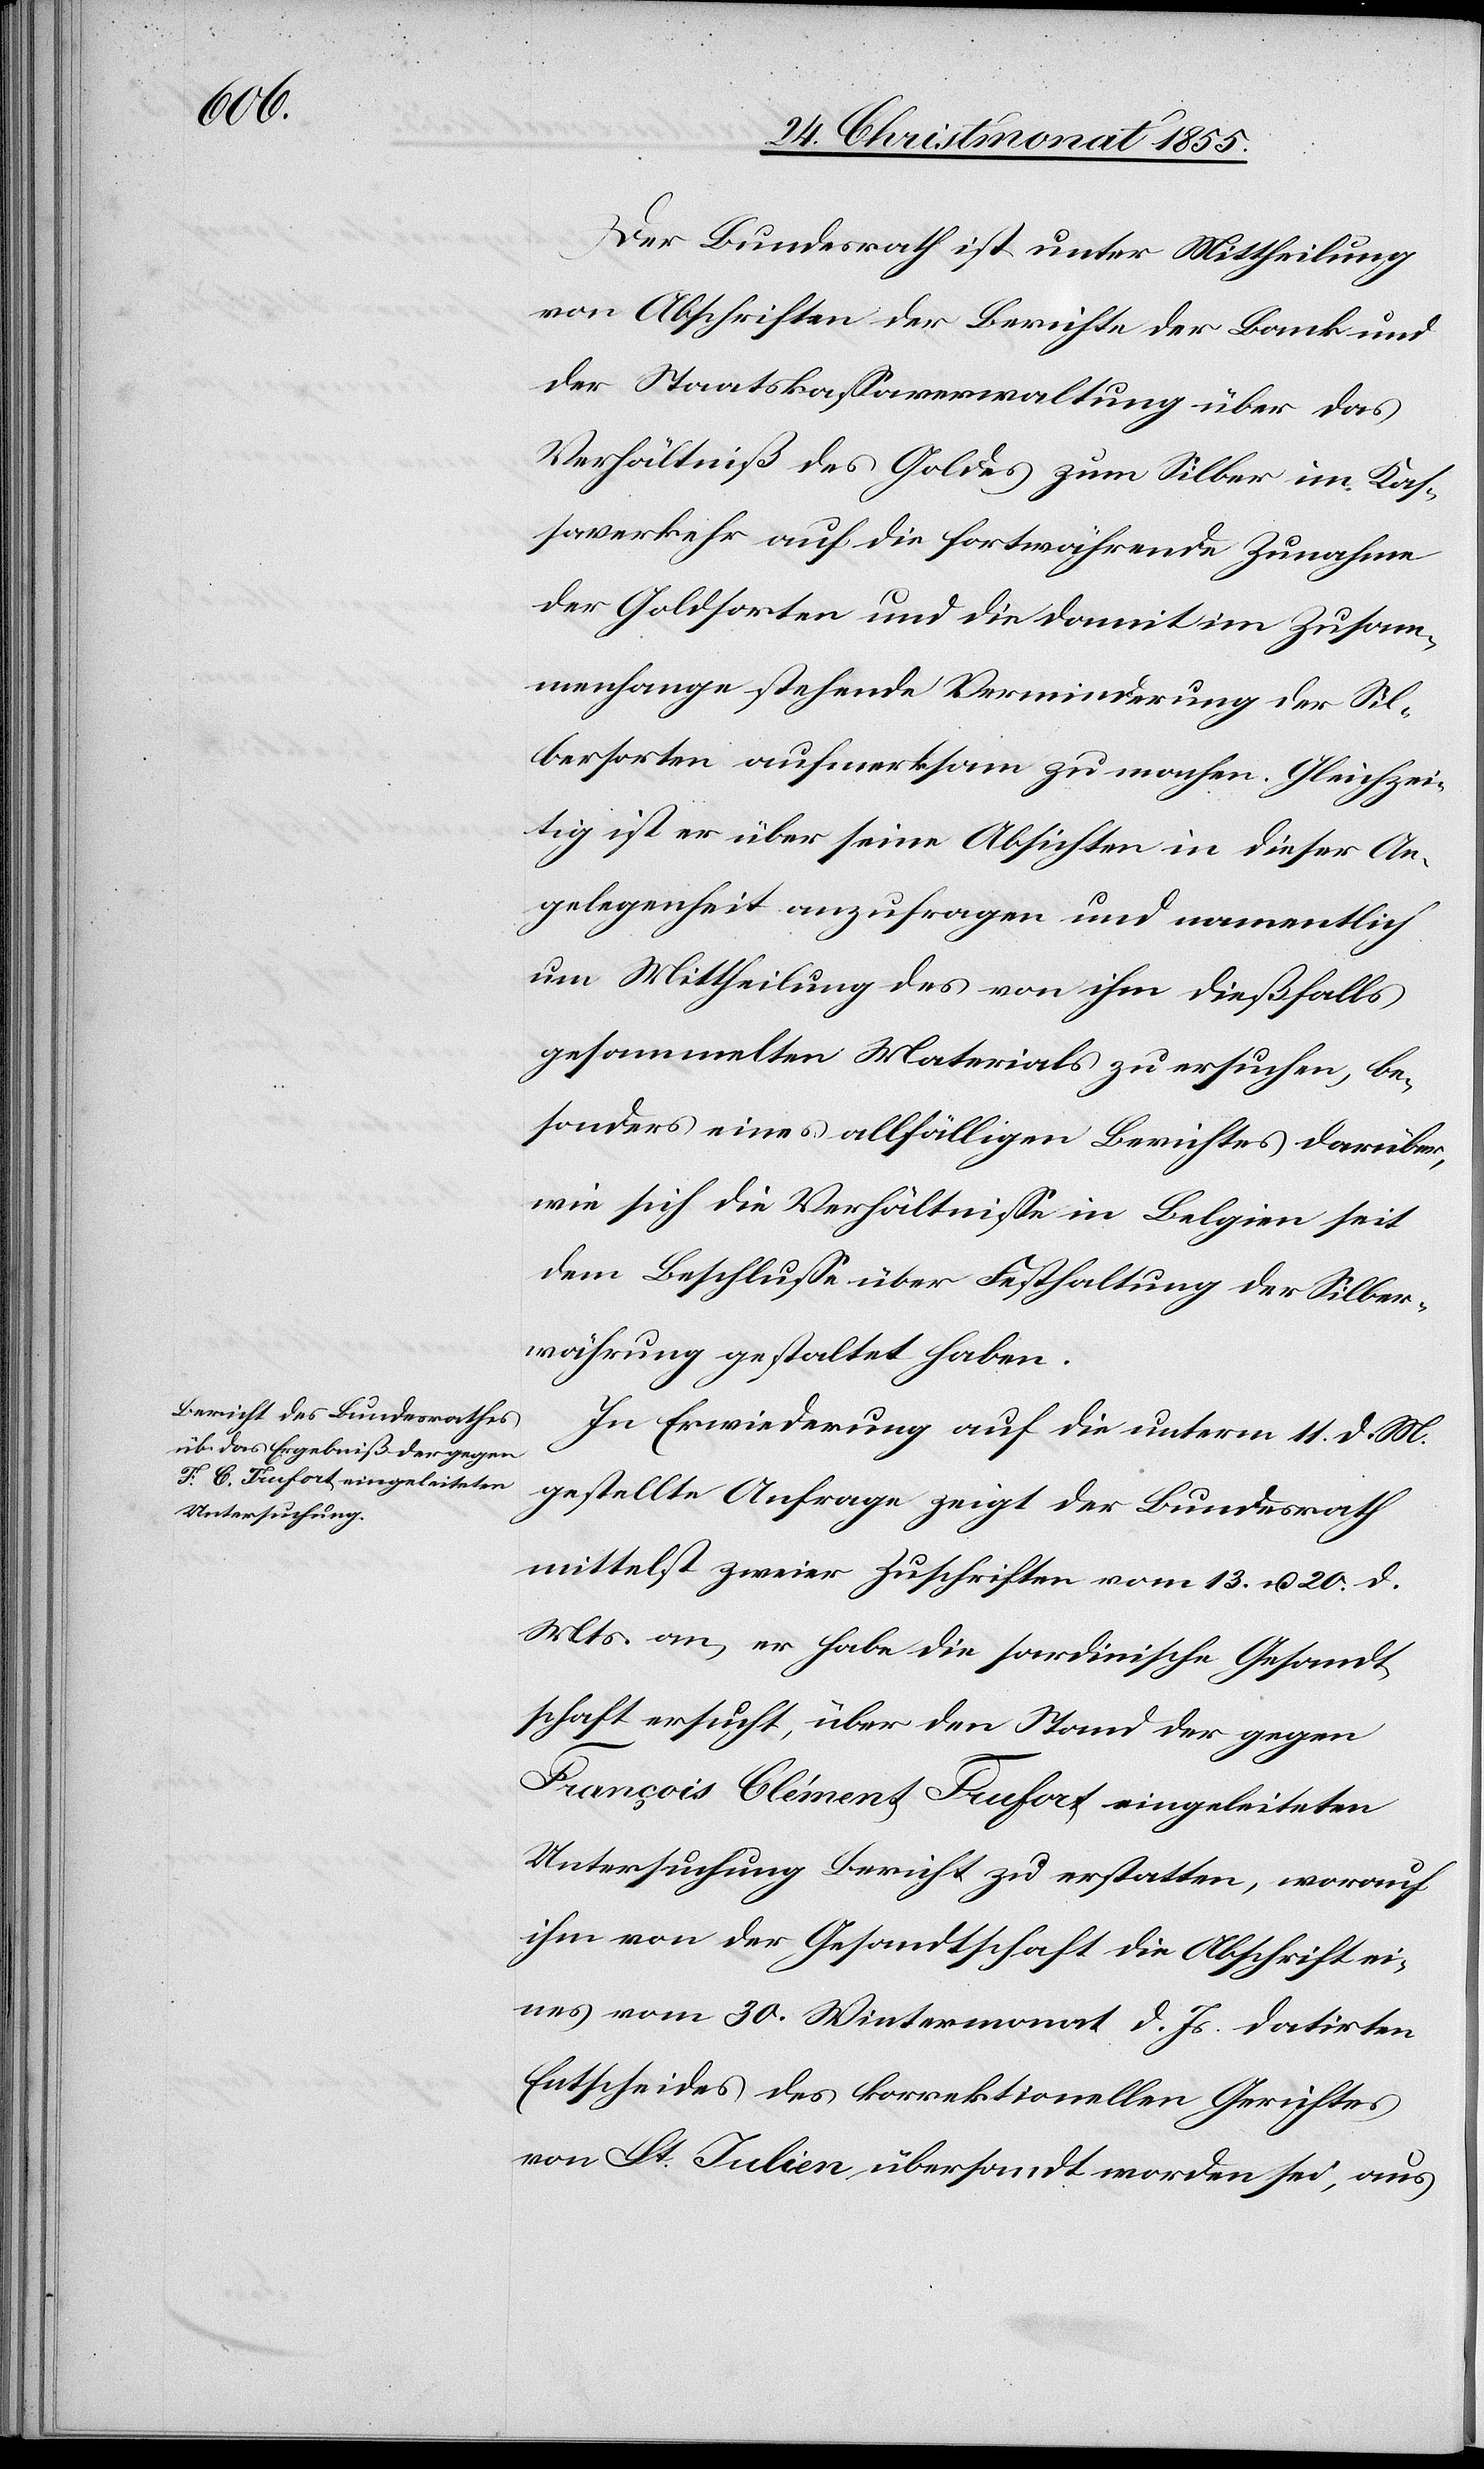
Der Bundesrath ist unter Mittheilung
von Abschriften der Berichte der Bank und
der Staatskassaverwaltung über das
Verhältniß des Goldes zum Silber im Kas¬
saverkehr auf die fortwährende Zunahme
der Goldsorten und die damit im Zusam¬
menhange stehende Verminderung der Sil¬
bersorten aufmerksam zu machen. Gleichzei¬
tig ist er über seine Absichten in dieser An¬
gelegenheit anzufragen und namentlich
um Mittheilung des von ihm dießfalls
gesammelten Materials zu ersuchen, be¬
sonders eines allfälligen Berichtes darüber,
wie sich die Verhältnisse in Belgien seit
dem Beschlusse über Festhaltung der Silber¬
währung gestaltet haben.
In Erwiederung auf die unterm 11. d. M.
gestellte Anfrage zeigt der Bundesrath
mittelst zweier Zuschriften vom 13. u. 20. d.
Mts. an, er habe die sardinische Gesandt¬
schaft ersucht, über den Stand der gegen
François Clément Trufort eingeleiteten
Untersuchung Bericht zu erstatten, worauf
ihm von der Gesandtschaft die Abschrift ei¬
nes vom 30. Wintermonat d. Js. datirten
Entscheides des korrektionellen Gerichtes
von St. Julien übersandt worden sei, aus